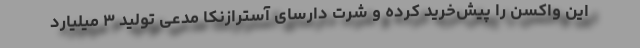
این واکسن را پیش‌خرید کرده و شرت دارسای آسترازنکا مدعی تولید ۳ میلیارد